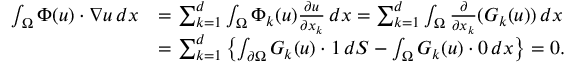
\begin{array} { r l } { \int _ { \Omega } \Phi ( u ) \cdot \nabla u \, d x } & { = \sum _ { k = 1 } ^ { d } \int _ { \Omega } \Phi _ { k } ( u ) \frac { \partial u } { \partial x _ { k } } \, d x = \sum _ { k = 1 } ^ { d } \int _ { \Omega } \frac { \partial } { \partial x _ { k } } ( G _ { k } ( u ) ) \, d x } \\ & { = \sum _ { k = 1 } ^ { d } \left\{ \int _ { \partial \Omega } G _ { k } ( u ) \cdot 1 \, d S - \int _ { \Omega } G _ { k } ( u ) \cdot 0 \, d x \right\} = 0 . } \end{array}